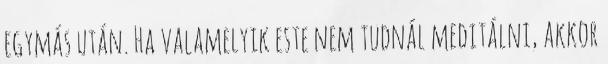
egymás után. Ha valamelyik este nem tudnál meditálni, akkor